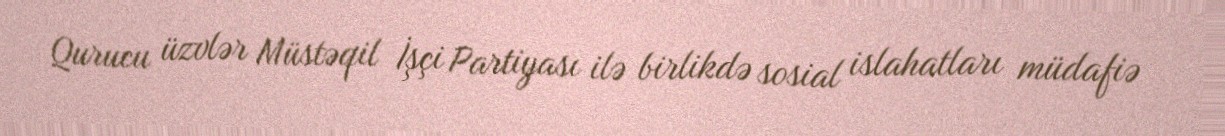
Qurucu üzvlər Müstəqil İşçi Partiyası ilə birlikdə sosial islahatları müdafiə